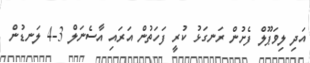
އަދި ލިވަޕޫލް ފެށުން ރަނގަޅު ކުރީ ފަހަތުން އަރައި އާސެނަލް 3-4 ލަނޑުން